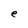
Character: e